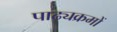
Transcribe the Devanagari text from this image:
पाढ्यक्रमों